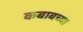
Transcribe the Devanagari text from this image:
कबाबच्या